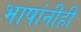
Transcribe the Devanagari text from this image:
भाषांनीही